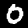
Label: 0